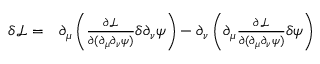
\begin{array} { r l } { \delta \mathcal L = } & { { } \partial _ { \mu } \left( \frac { \partial \mathcal L } { \partial ( \partial _ { \mu } \partial _ { \nu } \psi ) } \delta \partial _ { \nu } \psi \right) - \partial _ { \nu } \left( \partial _ { \mu } \frac { \partial \mathcal L } { \partial ( \partial _ { \mu } \partial _ { \nu } \psi ) } \delta \psi \right) } \end{array}